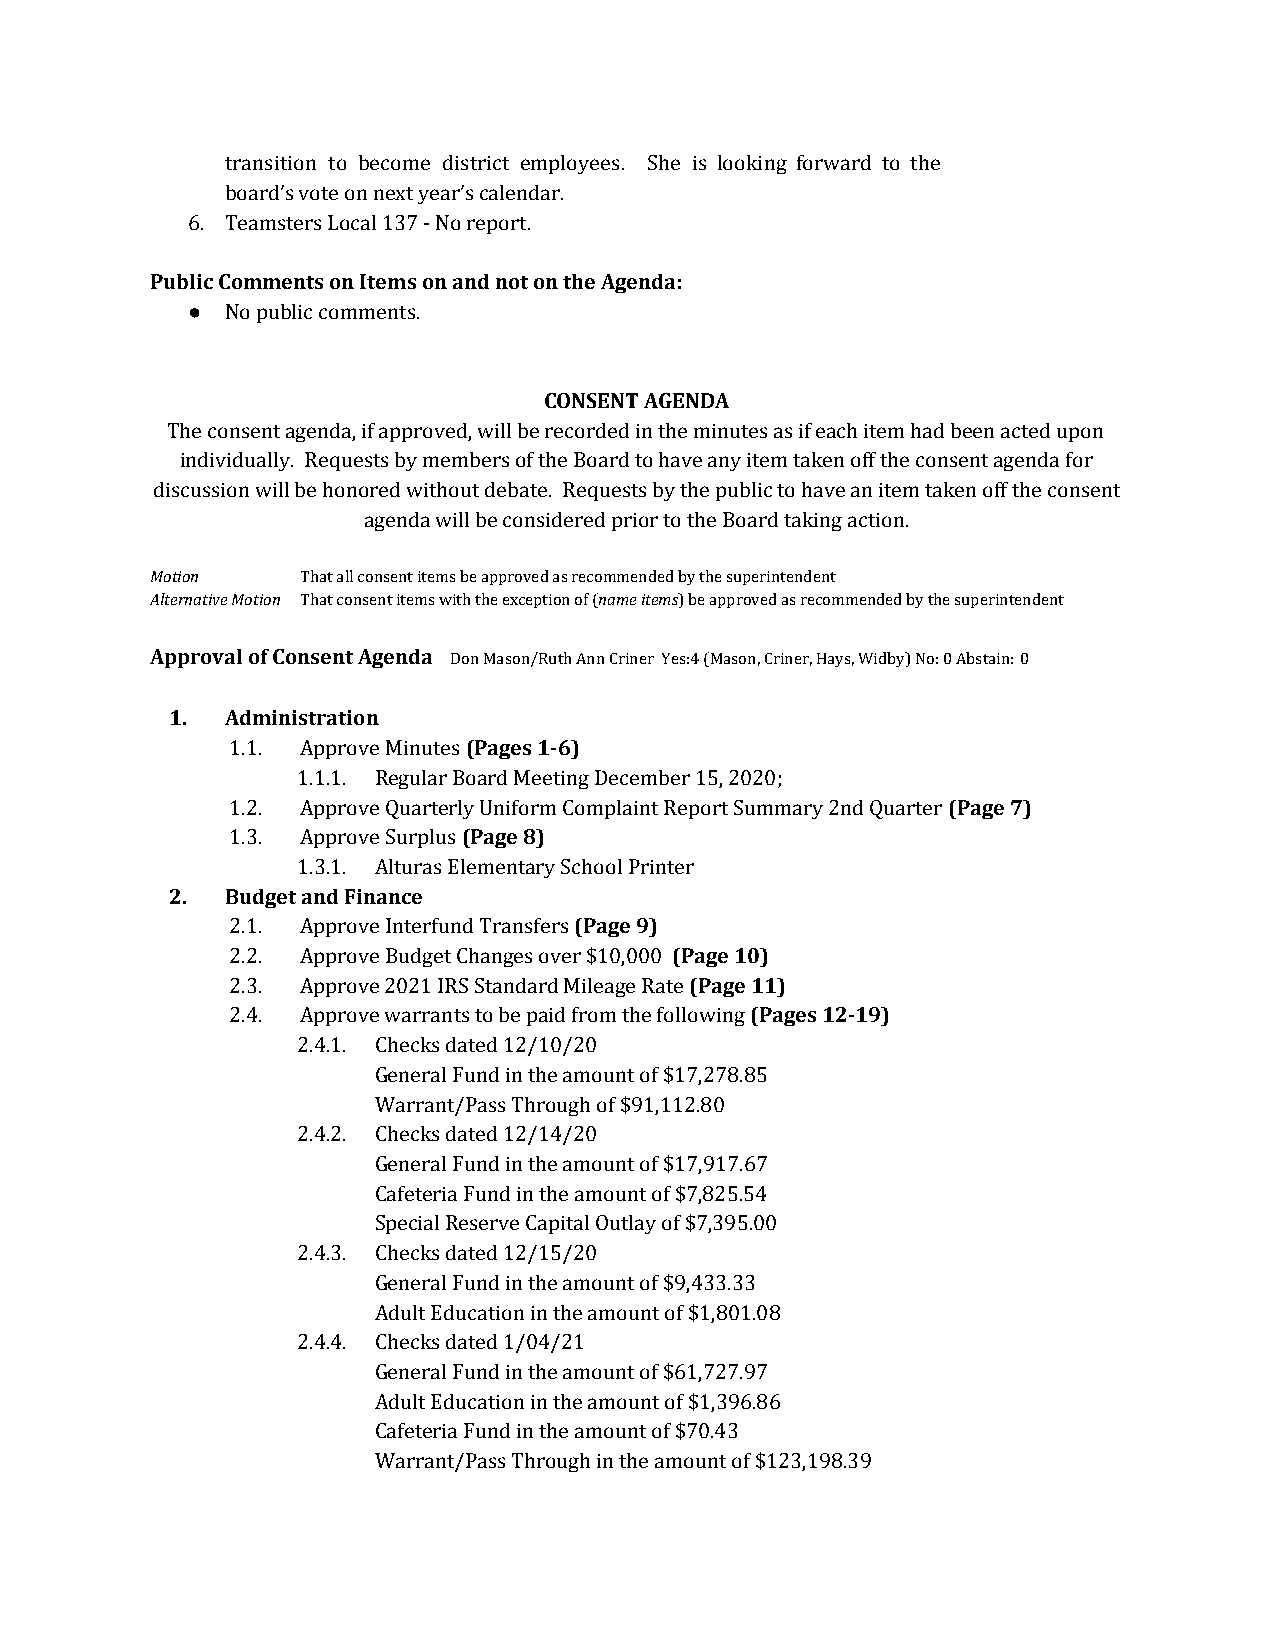
transition to become district employees. She is looking forward to the
 board’s vote on next year’s calendar.
 6. Teamsters Local 137 - No report.
 Public Comments on Items on and not on the Agenda:
 ●  No public comments.
 CONSENT AGENDA
 The consent agenda, if approved, will be recorded in the minutes as if each item had been acted upon
 individually. Requests by members of the Board to have any item taken off the consent agenda for
 discussion will be honored without debate. Requests by the public to have an item taken off the consent
 agenda will be considered prior to the Board taking action.
 Motion    That all consent items be approved as recommended by the superintendent
 Alternative Motion That consent items with the exception of (name items) be approved as recommended by the superintendent
 ​    ​
 Approval of Consent Agenda Don Mason/Ruth Ann Criner Yes:4 (Mason, Criner, Hays, Widby) No: 0 Abstain: 0
 ​​
 1.  Administration
 1.1. Approve Minutes (Pages 1-6)
 ​
 1.1.1. Regular Board Meeting December 15, 2020;
 1.2. Approve Quarterly Uniform Complaint Report Summary 2nd Quarter (Page 7)
 ​
 1.3. Approve Surplus (Page 8)
 ​
 1.3.1. Alturas Elementary School Printer
 2.  Budget and Finance
 2.1. Approve Interfund Transfers (Page 9)
 ​
 2.2. Approve Budget Changes over $10,000 (Page 10)
 ​
 2.3. Approve 2021 IRS Standard Mileage Rate (Page 11)
 ​
 2.4. Approve warrants to be paid from the following (Pages 12-19)
 ​
 2.4.1. Checks dated 12/10/20
 General Fund in the amount of $17,278.85
 Warrant/Pass Through of $91,112.80
 2.4.2. Checks dated 12/14/20
 General Fund in the amount of $17,917.67
 Cafeteria Fund in the amount of $7,825.54
 Special Reserve Capital Outlay of $7,395.00
 2.4.3. Checks dated 12/15/20
 General Fund in the amount of $9,433.33
 Adult Education in the amount of $1,801.08
 2.4.4. Checks dated 1/04/21
 General Fund in the amount of $61,727.97
 Adult Education in the amount of $1,396.86
 Cafeteria Fund in the amount of $70.43
 Warrant/Pass Through in the amount of $123,198.39